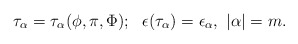
\begin{align*}\tau_\alpha = \tau_\alpha (\phi, \pi, \Phi);~~\epsilon(\tau_\alpha) =\epsilon_\alpha,{}~|\alpha| = m.\end{align*}